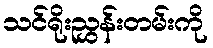
သင်ရိုးညွှန်းတမ်းကို